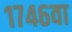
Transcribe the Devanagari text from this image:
१७४६वा